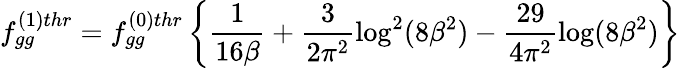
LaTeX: f_{gg}^{(1)thr}=f_{gg}^{(0)thr}\left\{ \frac{1}{16\beta}+\frac{3}{2\pi^{2}}\log^{2}(8\beta^{2})-\frac{29}{4\pi^{2}}\log(8\beta^{2})\right\}